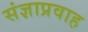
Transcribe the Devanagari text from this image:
संज्ञाप्रवाह